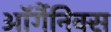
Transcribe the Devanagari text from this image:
ऑर्गैनिक्स